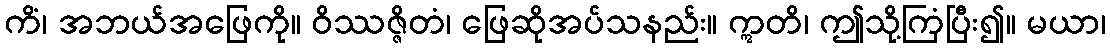
ကိံ၊ အဘယ်အဖြေကို။ ဝိဿဇ္ဇိတံ၊ ဖြေဆိုအပ်သနည်း။ ဣတိ၊ ဤသို့ကြံပြီး၍။ မယာ၊